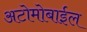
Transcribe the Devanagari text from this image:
अटोमोबाईल